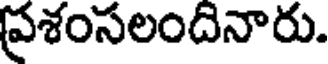
ప్రశంసలందినారు.